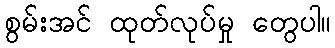
စွမ်းအင် ထုတ်လုပ်မှု တွေပါ။